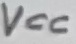
Text: VCC